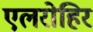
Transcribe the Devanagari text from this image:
एलरोहिर